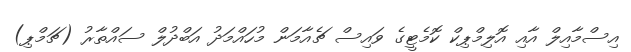
އިސްމާއިލް އާއި އޮލިމްޕިކް ކޮމެޓީގެ ވައިސް ޗެއާމަން މުހައްމަދު އަބްދުލް ސައްތާރު (ޗަމްޕި)